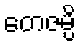
တေဇမ္ပိ